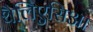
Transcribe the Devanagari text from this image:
थैलिएसिआ